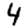
Digit: 4